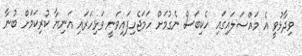
ވިދާޅުވީ އެ މައްސަލައިގައި ހެކިބަސް ނެގުމަށް ހަމަޖެހިފައިވަނީ ވަޅިހަރައި އަނިޔާ ކުރިކަމަށް ބުނާ